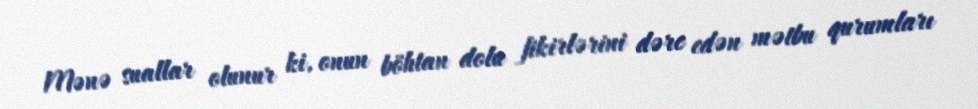
Mənə suallar olunur ki, onun böhtan dolu fikirlərini dərc edən mətbu qurumları